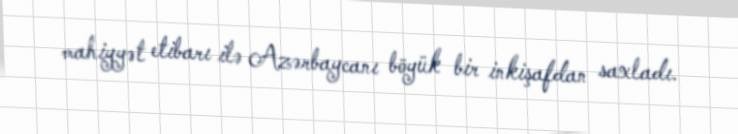
mahiyyət etibarı ilə Azərbaycanı böyük bir inkişafdan saxladı.